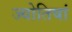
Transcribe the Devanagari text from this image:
ज्योतिषां